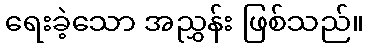
ရေးခဲ့သော အညွှန်း ဖြစ်သည်။